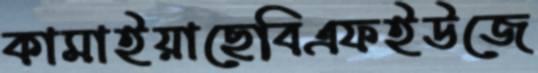
কামাইয়াছেবিএফইউজে